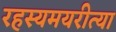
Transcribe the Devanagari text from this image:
रहस्यमयरीत्या